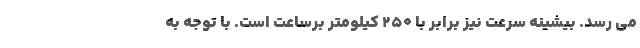
می رسد. بیشینه سرعت نیز برابر با 250 کیلومتر برساعت است. با توجه به